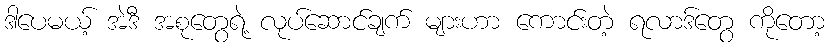
ဒါပေမယ့် အဲဒီ အစုတွေရဲ့ လုပ်ဆောင်ချက် များဟာ ကောင်းတဲ့ ရလာဒ်တွေ ကိုတော့